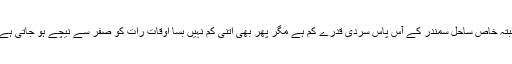
البتہ خاص ساحل سمندر کے آس پاس سردی قدرے کم ہے مگر پھر بھی اتنی کم نہیں بسا اوقات رات کو صفر سے نیچے ہو جاتی ہے۔